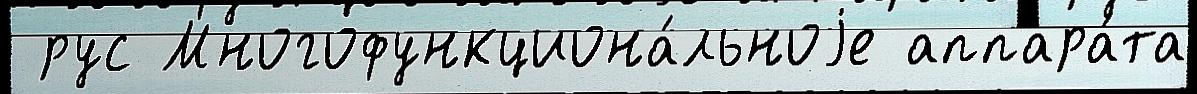
 рус Многофункциона́льноjе аппара́та